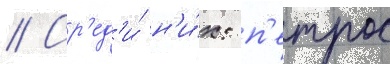
// Ср'ед'и́ н'и́х: п'етрос